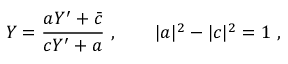
Y = { \frac { a Y ^ { \prime } + \bar { c } } { c Y ^ { \prime } + a } } \ , \qquad | a | ^ { 2 } - | c | ^ { 2 } = 1 \ ,